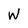
Character: w